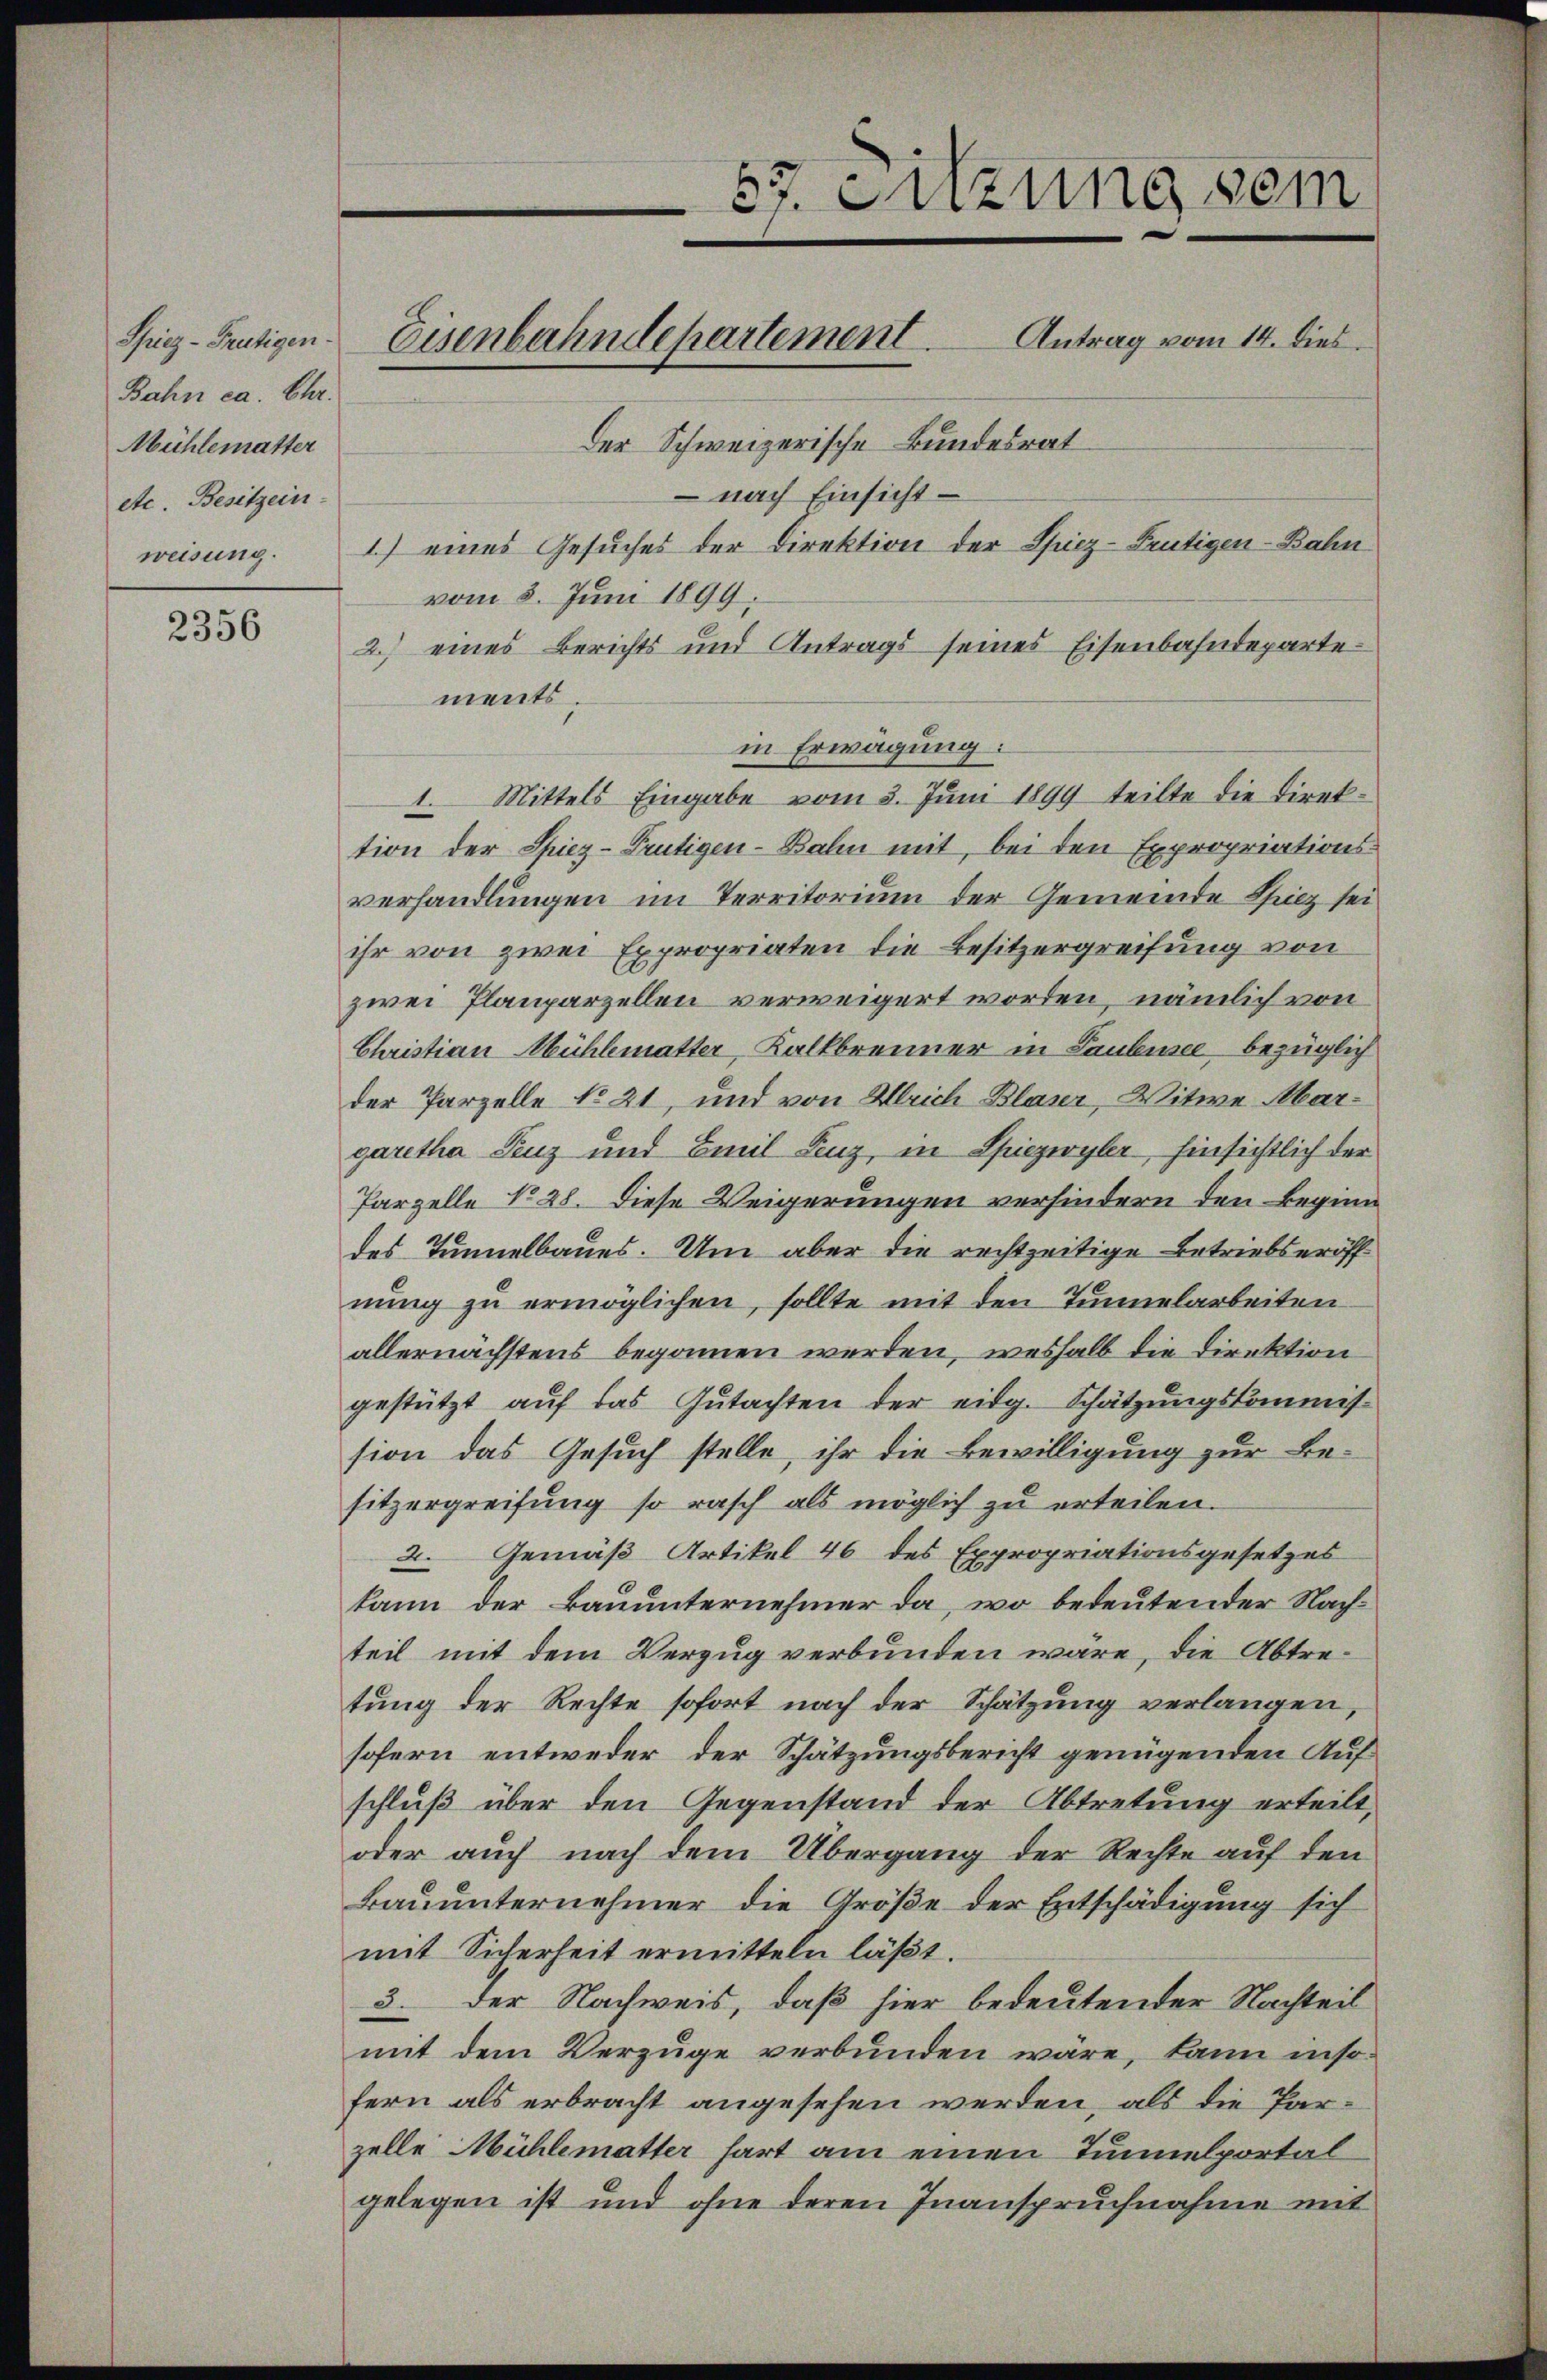
Bahn ca. Chr.
Mühlematter
etc. Besitzein
weisung.

2356

vom 5. Juni 1899.
2.) eines Berichts und Antrags seines Eisenbahndepartements.
in Erwägung:
1. Mittels Eingabe vom 3. Juni 1899 teilte die Direktion der Spiez-Prütigen-Bahn mit, bei den Expropriations-
verhandlungen im Territorium der Gemeinde Spiez sei
ihr von zwei Expropriaten die Besitzergreifung von
wei Planparzellen verweigert worden, nämlich von
Christian Mühlematter, Kalkbrenner in Taubensee bezüglich
der Parzelle No 21, und von Ulrich Blaser, Witwe Margaretha Peuz und Emil Lenz, in Spiezwyler, hinsichtlich der
Parzelle No 28. Diese Weigerungen verhindern den Beginn
des Tunnelbaues. Um aber die rechtzeitige Betriebseröff
nung zu ermöglichen, sollte mit den Tunnelarbeiten
allernächstens begonnen werden, weshalb die Direktion
gestützt auf das Gutachten der eidg. Schätzungskommis-
sion das Gesuch stelle, ihr die Bewilligung zur Besitzergreifung so rasch als möglich zu erteilen.
2. Gemäß Artikel 46 des Expropriationsgesetzes
kann der Bauunternehmer da, wo bedeutender Nachteil mit dem Verzug verbunden wäre, die Abtretung der Rechte sofort nach der Schätzung verlangen,
sofern entweder, der Schätzungsbericht genügenden Aufschluß über den Gegenstand der Abtretung erteilt,
oder auch nach dem Übergang der Rechte auf den
Bauunternehmer die Größe der Entschädigung sich
mit Sicherheit ermitteln läßt.
3. der Nachweis, daß hier bedeutender Nachteil
mit dem Verzüge verbunden wäre, kann insofern als erbracht angesehen werden, als die Parelle Mühlematter hart am einen Tunnelportal
gelegen ist und ohne deren Inanspruchnahme mit

57. Sitzung sein
Spiez-Grutigen. Eisenbahndepartement. Antrag vom 14. dies
Der Schweizerische Bundesrat
 nach Einsicht –

1.) eines Gesuches der Direktion der Spiez-Feutigen-Bahn